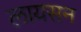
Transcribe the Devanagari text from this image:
लायसन